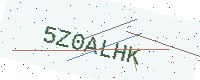
Text: 5Z0ALHK